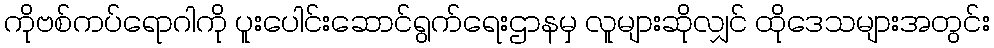
ကိုဗစ်ကပ်ရောဂါကို ပူးပေါင်းဆောင်ရွက်ရေးဌာနမှ လူများဆိုလျှင် ထိုဒေသများအတွင်း